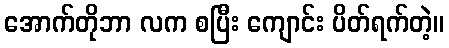
အောက်တိုဘာ လက စပြီး ကျောင်း ပိတ်ရက်တဲ့။